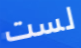
لست